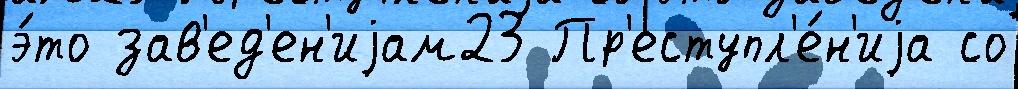
э́то зав'ед'ен'иjам23 Пр'еступл'е́н'иjа со